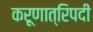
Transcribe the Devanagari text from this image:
करूणात्रिपदी